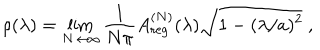
\rho ( \lambda ) = \lim _ { N \to \infty } \frac { 1 } { N \pi } A _ { \mathrm { r e g } } ^ { ( N ) } ( \lambda ) \sqrt { 1 - ( \lambda / a ) ^ { 2 } } \ ,